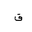
Letter: _qaf